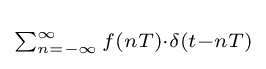
\scriptstyle \sum _{n=-\infty }^{\infty }f(nT)\cdot \delta (t-nT)